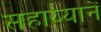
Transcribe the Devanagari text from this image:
सहाय्यानें